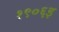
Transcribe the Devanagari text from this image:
१९०६इ